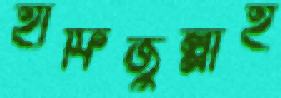
হাফিজুল্লাহ